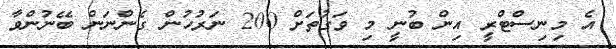
އެ މިނިސްޓްރީ އިން ބުނީ މި ވަގުތަށް 200 ނަރުހުން ގެންނަން ބޭނުންވާ